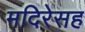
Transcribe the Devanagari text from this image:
मदिरेसह